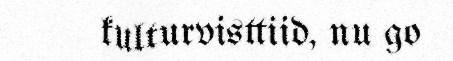
kulturvisttiid, nu go